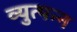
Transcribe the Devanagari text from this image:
व्‍युत्‍पन्‍न